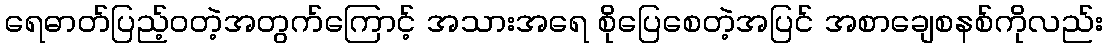
ရေဓာတ်ပြည့်ဝတဲ့အတွက်ကြောင့် အသားအရေ စိုပြေစေတဲ့အပြင် အစာချေစနစ်ကိုလည်း